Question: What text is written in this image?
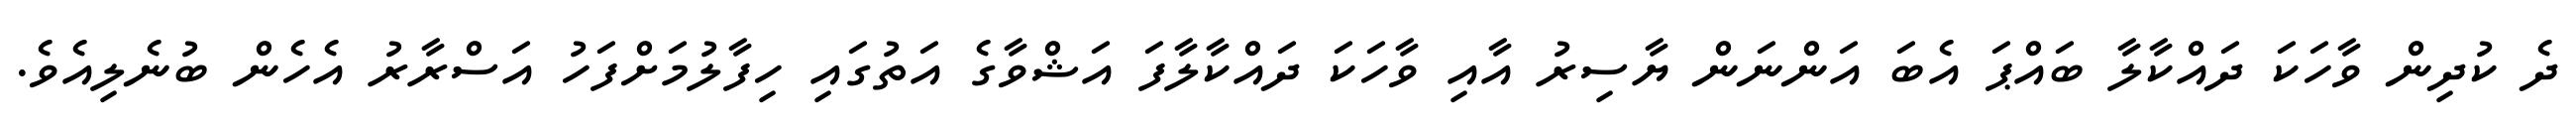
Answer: ދެ ކުދިން ވާހަކަ ދައްކާލާ ބައްޕަ އެބަ އަންނަން ޔާސިރު އާއި ވާހަކަ ދައްކާލާފަ އަޝްވާގެ އަތުގައި ހިފާލުމަށްފަހު އަސްރާރު އެހެން ބުނެލިއެވެ.